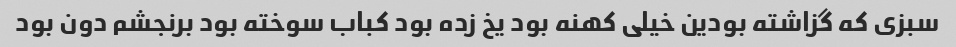
سبزی که گزاشته بودین خیلی کهنه بود یخ زده بود کباب سوخته بود برنجشم دون بود